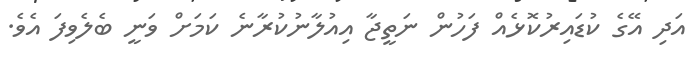
އަދި އޭގެ ކުޑައިރުކޮޅެއް ފަހުން ނަތީޖާ އިއުލާނުކުރާނެ ކަމަށް ވަނީ ބެލެވިފަ އެވެ.